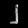
Digit: ၂